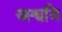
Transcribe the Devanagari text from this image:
अश्वनि